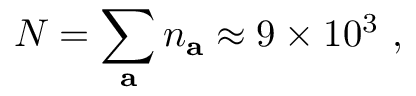
N = \sum _ { \mathbf { a } } n _ { \mathbf { a } } \approx 9 \times 1 0 ^ { 3 } ~ ,